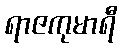
ရာဇကုမာရီ